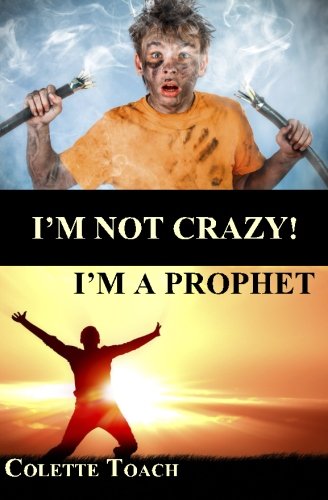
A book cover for I'm Not Crazy - I'm a Prophet; Colette Toach; Christian Books & Bibles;